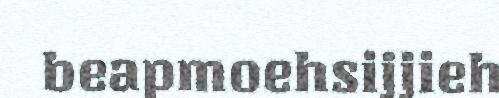
beapmoehsijjieh